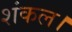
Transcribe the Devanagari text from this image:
शंकल।